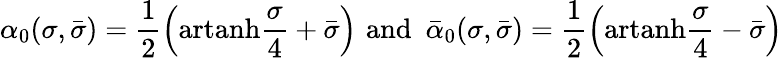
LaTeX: \alpha_{0}(\sigma,\bar{\sigma})=\frac{1}{2}\left(\mathrm{artanh}\frac{\sigma}{4}+\bar{\sigma}\right)\, \, \mathrm{and}\, \, \, \bar{\alpha}_{0}(\sigma,\bar{\sigma})=\frac{1}{2}\left(\mathrm{artanh}\frac{\sigma}{4}-\bar{\sigma}\right)